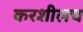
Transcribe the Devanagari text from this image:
करशीलच